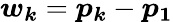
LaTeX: \boldsymbol{w_{k}}=\boldsymbol{p_{k}}-\boldsymbol{p_{1}}